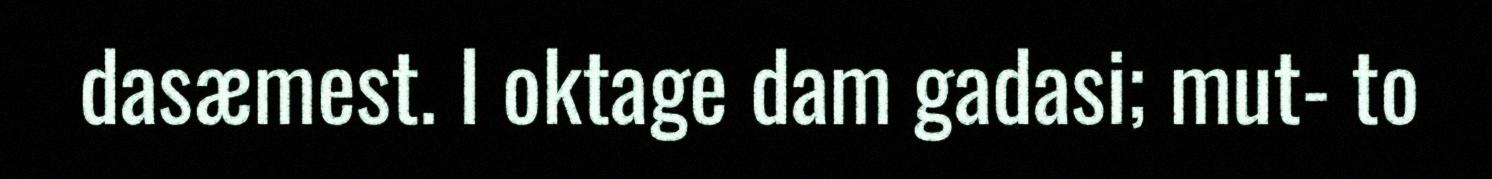
dasæmest. I oktage dam gadasi; mut- to